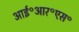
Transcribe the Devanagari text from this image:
आई॰आर॰एस॰